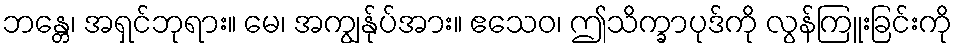
ဘန္တေ၊ အရှင်ဘုရား။ မေ၊ အကျွန်ုပ်အား။ ဧသေဝ၊ ဤသိက္ခာပုဒ်ကို လွန်ကြူးခြင်းကို